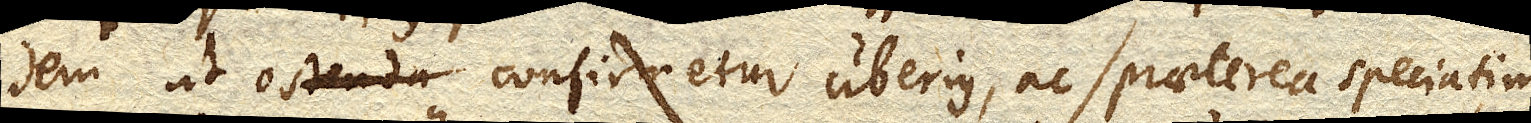
Idem ut confirmetur uberius, ac praeterea speciatim